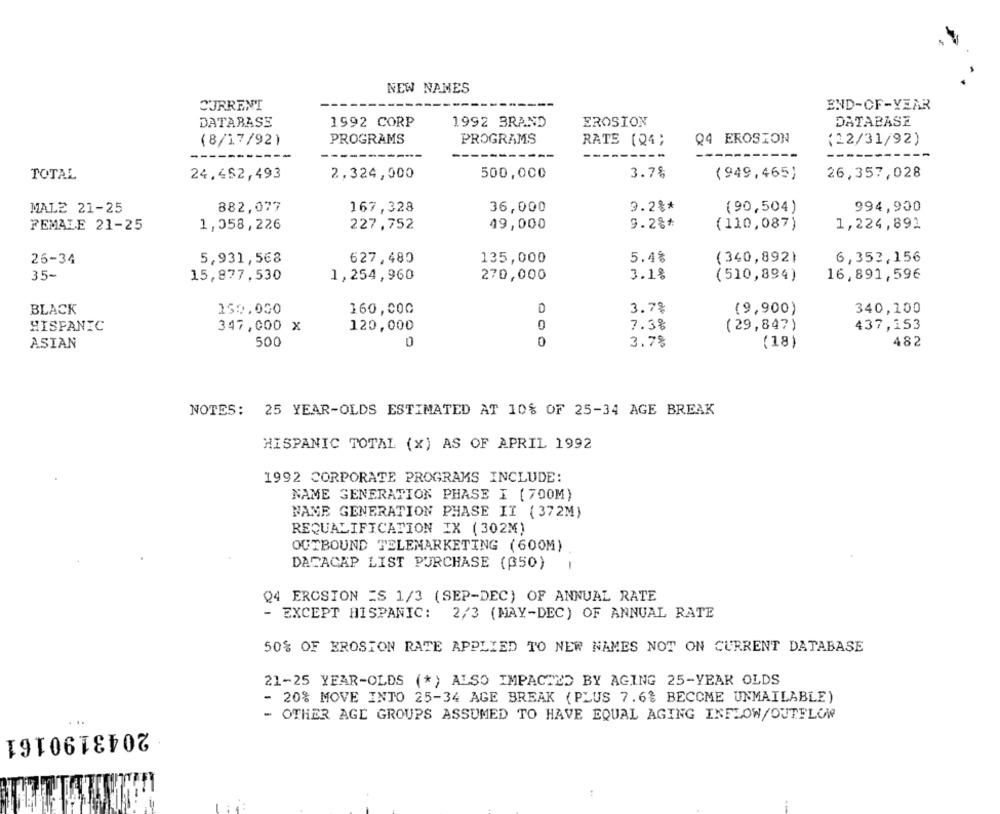
NEW NAMES
CURRENT
END-OF-YEAR
DATABASE
1992 CORP
EROSION
DATABASE
1992 BRAND
PROGRAMS
PROGRAMS
Q4 EROSION
(8/17/92)
RATE (24;
(22/31/92)
TOTAL
24,452,493
2,324,000
500,000
3.7%
(949,465)
26,357,028
MALE 21-25
882,077
167,328
36,000
9.2%*
(90,504)
994,900
FEMALE 21-25
1,058,226
227,752
49,000
9.2%*
(110,087)
1,224,891
26-34
5,931,568
627,480
135,000
5.4%
(340,892)
6,353,156
35-
15,877,530
1,254,960
270,000
3.1%
( 510,894)
16,891,596
150.000
D
3.7%
(9,900)
340,100
BLACK
160,000
HISPANIC
347,000 X
0
7.3%
(29,847
437,153
120,000
500
0
3.78
482
ASIAN
(18)
NOTES: 25 YEAR-OLDS ESTIMATED AT 10% OF 25-34 AGE BREAK
HISPANIC TOTAL (x) AS OF APRIL 1992
1992 CORPORATE PROGRAMS INCLUDE:
NAME GENERATION PHASE I ( 700M)
NAME GENERATION PHASE II (372M)
REQUALIFICATION IX (302M)
OUTBOUND TELEMARKETING (600M)
DACACAP LIST PURCHASE ((50)
Q4 EROSION =S 1/3 (SEP-DEC) OF ANNUAL RATE
- EXCEPT HISPANIC: 2/3 (MAY-DEC) OF ANNUAL RATE
50% OF EROSION RATE APPLIED TO NEW NAMES NOT ON CURRENT DATABASE
21-25 YEAR-OLDS (*) ALSO IMPACTED BY AGING 25-YEAR OLDS
- 20% MOVE INTO 25-34 AGE BREAK (PLUS 7.6% BECOME UNMAILABLE)
- OTHER AGE GROUPS ASSUMED TO HAVE EQUAL AGING INFLOW/OUTFLOW
. ..
2043190161
: